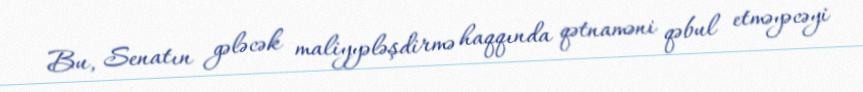
Bu, Senatın gələcək maliyyələşdirmə haqqında qətnaməni qəbul etməyəcəyi